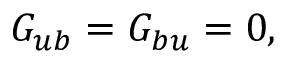
G _ { u b } = G _ { b u } = 0 ,